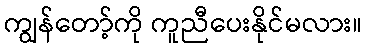
ကျွန်တော့်ကို ကူညီပေးနိုင်မလား။